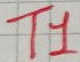
Text: T1